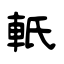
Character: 軝